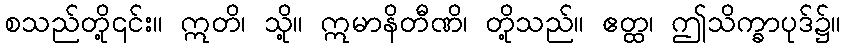
စသည်တို့၎င်း။ ဣတိ၊ သို့။ ဣမာနိတီဏိ၊ တို့သည်။ ဧတ္ထ၊ ဤသိက္ခာပုဒ်၌။